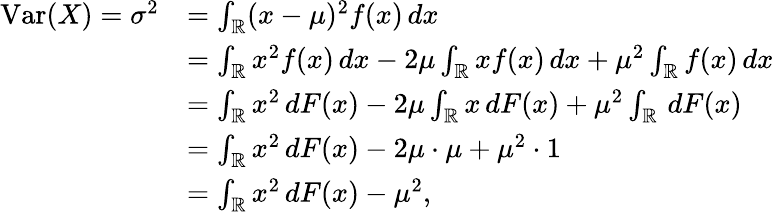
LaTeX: {\begin{array}{rl}{\operatorname{Var}(X)=\sigma^{2}}&{=\int_{\mathbb{R}}(x-\mu)^{2}f(x)\, dx}\\ &{=\int_{\mathbb{R}}x^{2}f(x)\, dx-2\mu\int_{\mathbb{R}}xf(x)\, dx+\mu^{2}\int_{\mathbb{R}}f(x)\, dx}\\ &{=\int_{\mathbb{R}}x^{2}\, dF(x)-2\mu\int_{\mathbb{R}}x\, dF(x)+\mu^{2}\int_{\mathbb{R}}\, dF(x)}\\ &{=\int_{\mathbb{R}}x^{2}\, dF(x)-2\mu\cdot\mu+\mu^{2}\cdot 1}\\ &{=\int_{\mathbb{R}}x^{2}\, dF(x)-\mu^{2},}\end{array}}